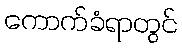
ကောက်ခံရာတွင်